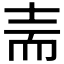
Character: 𰭬